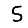
Digit: 5